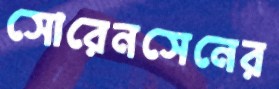
সোরেনসেনের